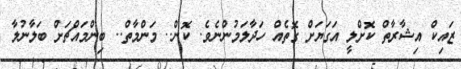
ޒައިކް އިޝާރާތް ކޮށްލީ އަގަޔަށް ގޮތެއް ހަދާލަމުންނެވެ. ކޮން.. މަންމާތް.. ބިންމައްޗަށް ބަލާނުލާ